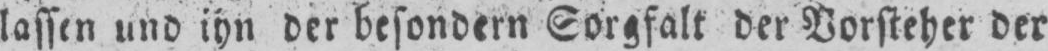
lassen und ihn der besondern Sorgfalt der Vorsteher der